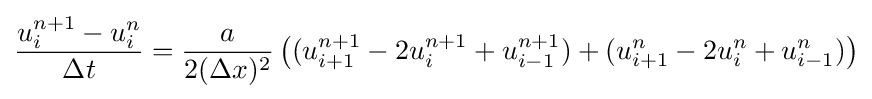
{\frac {u_{i}^{n+1}-u_{i}^{n}}{\Delta t}}={\frac {a}{2(\Delta x)^{2}}}\left((u_{i+1}^{n+1}-2u_{i}^{n+1}+u_{i-1}^{n+1})+(u_{i+1}^{n}-2u_{i}^{n}+u_{i-1}^{n})\right)